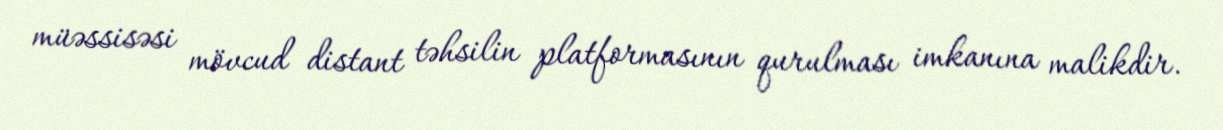
müəssisəsi mövcud distant təhsilin platformasının qurulması imkanına malikdir.